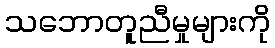
သဘောတူညီမှုများကို